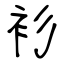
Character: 衫